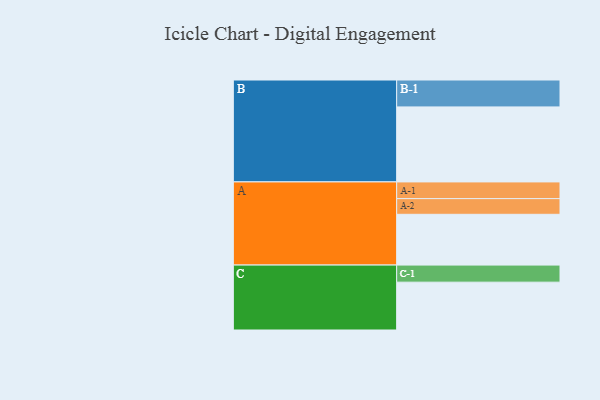
{"axis": {"x": "Segment", "y": "Value"}, "legend": ["", "A", "B", "C"], "data": [{"x": "A", "y": 398, "type": ""}, {"x": "B", "y": 588, "type": ""}, {"x": "C", "y": 375, "type": ""}, {"x": "A-1", "y": 131, "type": "A"}, {"x": "A-2", "y": 123, "type": "A"}, {"x": "B-1", "y": 211, "type": "B"}, {"x": "C-1", "y": 134, "type": "C"}]}